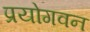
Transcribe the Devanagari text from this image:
प्रयोगवन